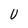
Character: U